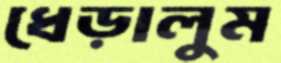
ধেড়ালুম